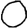
Digit: 0